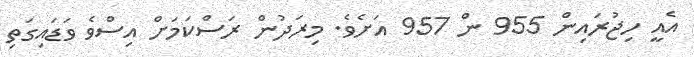
އެއީ ހިޖުރައިން 955 ން 957 އަށެވެ. މިރަދުން ރަސްކަމަށް އިސްވެ ވަޑައިގަތި